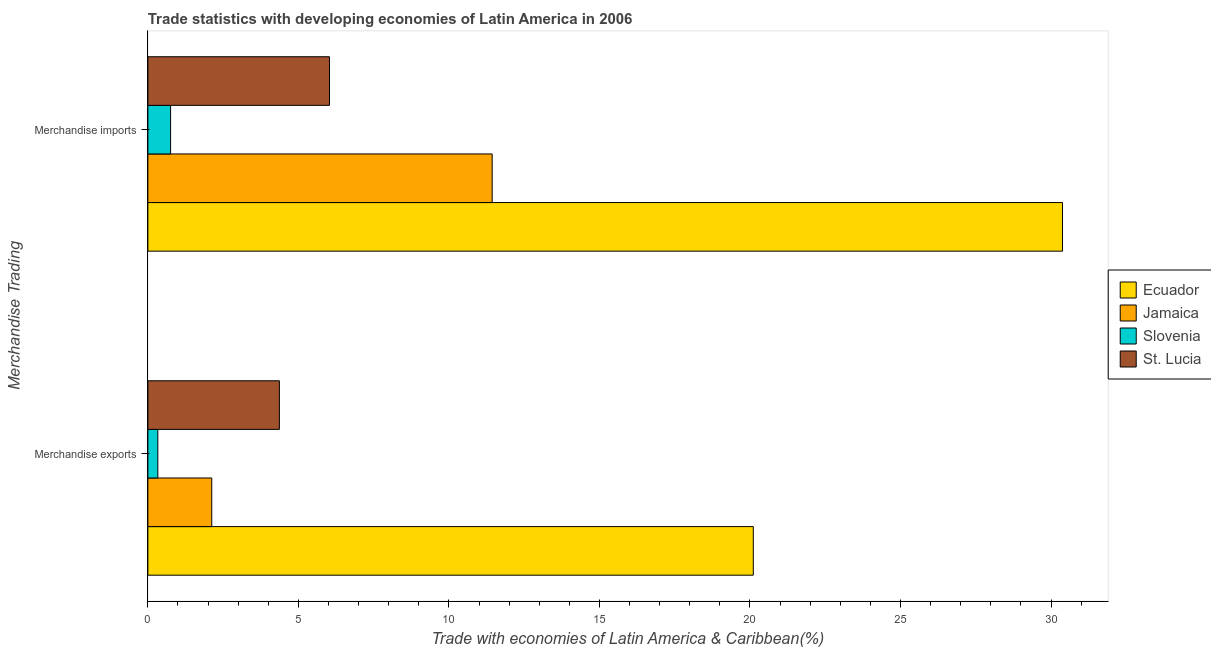
| Merchandise Trading | Ecuador | Jamaica | Slovenia | St. Lucia |
 | --- | --- | --- | --- | --- |
 | Merchandise exports | 20.1 | 2.12 | 0.331 | 4.37 |
 | Merchandise imports | 30.4 | 11.4 | 0.755 | 6.03 |